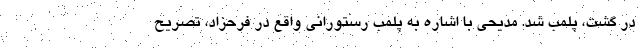
در گشت، پلمب شد. مدیحی با اشاره به پلمب رستورانی واقع در فرحزاد، تصریح